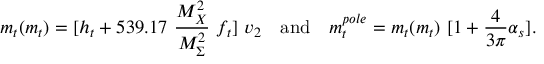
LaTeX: m _ { t } ( { m _ { t } } ) = [ h _ { t } + 5 3 9 . 1 7 ~ { \frac { M _ { X } ^ { 2 } } { M _ { \Sigma } ^ { 2 } } } ~ f _ { t } ] ~ v _ { 2 } ~ ~ ~ \mathrm { a n d } ~ ~ ~ m _ { t } ^ { p o l e } = m _ { t } ( m _ { t } ) ~ [ 1 + { \frac { 4 } { 3 \pi } } \alpha _ { s } ] .